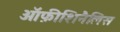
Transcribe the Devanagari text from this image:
ऑफ़ीशिनैलिस